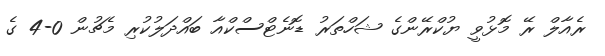
ރެއާލް ރޭ މޮޅުވީ ޔުކްރޭންގެ ޝަހްތަރު ޑޮނެޓްސްކްއާ ބައްދަލުކުރި މެޗުން 0-4 ގެ